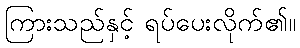
ကြားသည်နှင့် ရပ်ပေးလိုက်၏။